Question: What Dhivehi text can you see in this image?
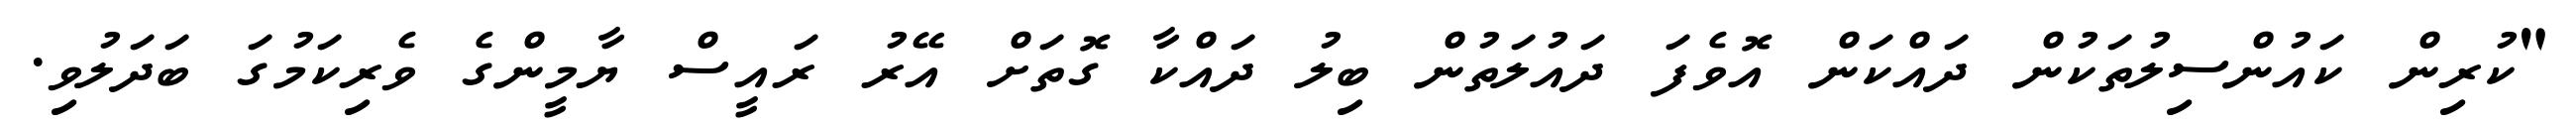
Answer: "ކުރިން ކައުންސިލުތަކުން ދައްކަން އޮވެފަ ދައުލަތުން ބިލު ދައްކާ ގޮތަށް އޭރު ރައީސް ޔާމީންގެ ވެރިކަމުގަ ބަދަލުވި.